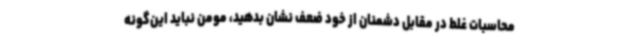
محاسبات غلط در مقابل دشمنان از خود ضعف نشان بدهید، مومن نباید این‌گونه